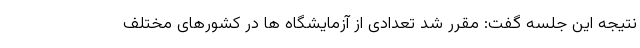
نتیجه این جلسه گفت: مقرر شد تعدادی از آزمایشگاه ها در کشورهای مختلف